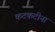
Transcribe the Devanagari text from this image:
कटकटीना